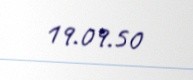
19.09.50